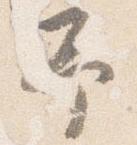
予